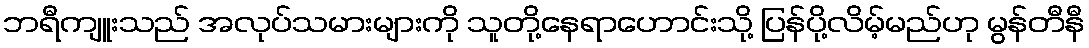
ဘရီကျူးသည် အလုပ်သမားများကို သူတို့နေရာဟောင်းသို့ ပြန်ပို့လိမ့်မည်ဟု မွန်တီနီ